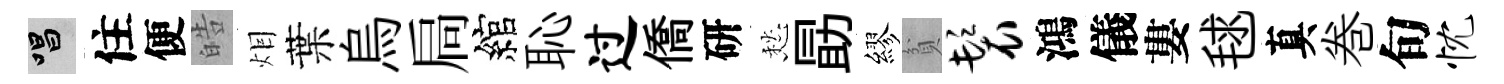
唱住便皓𤇆葉烏扃綰恥过僑研愁勗繆貧鬟鴻儀婁毬真巻旬忱